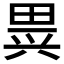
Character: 𱰶